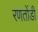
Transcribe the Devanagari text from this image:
रणतोंडी